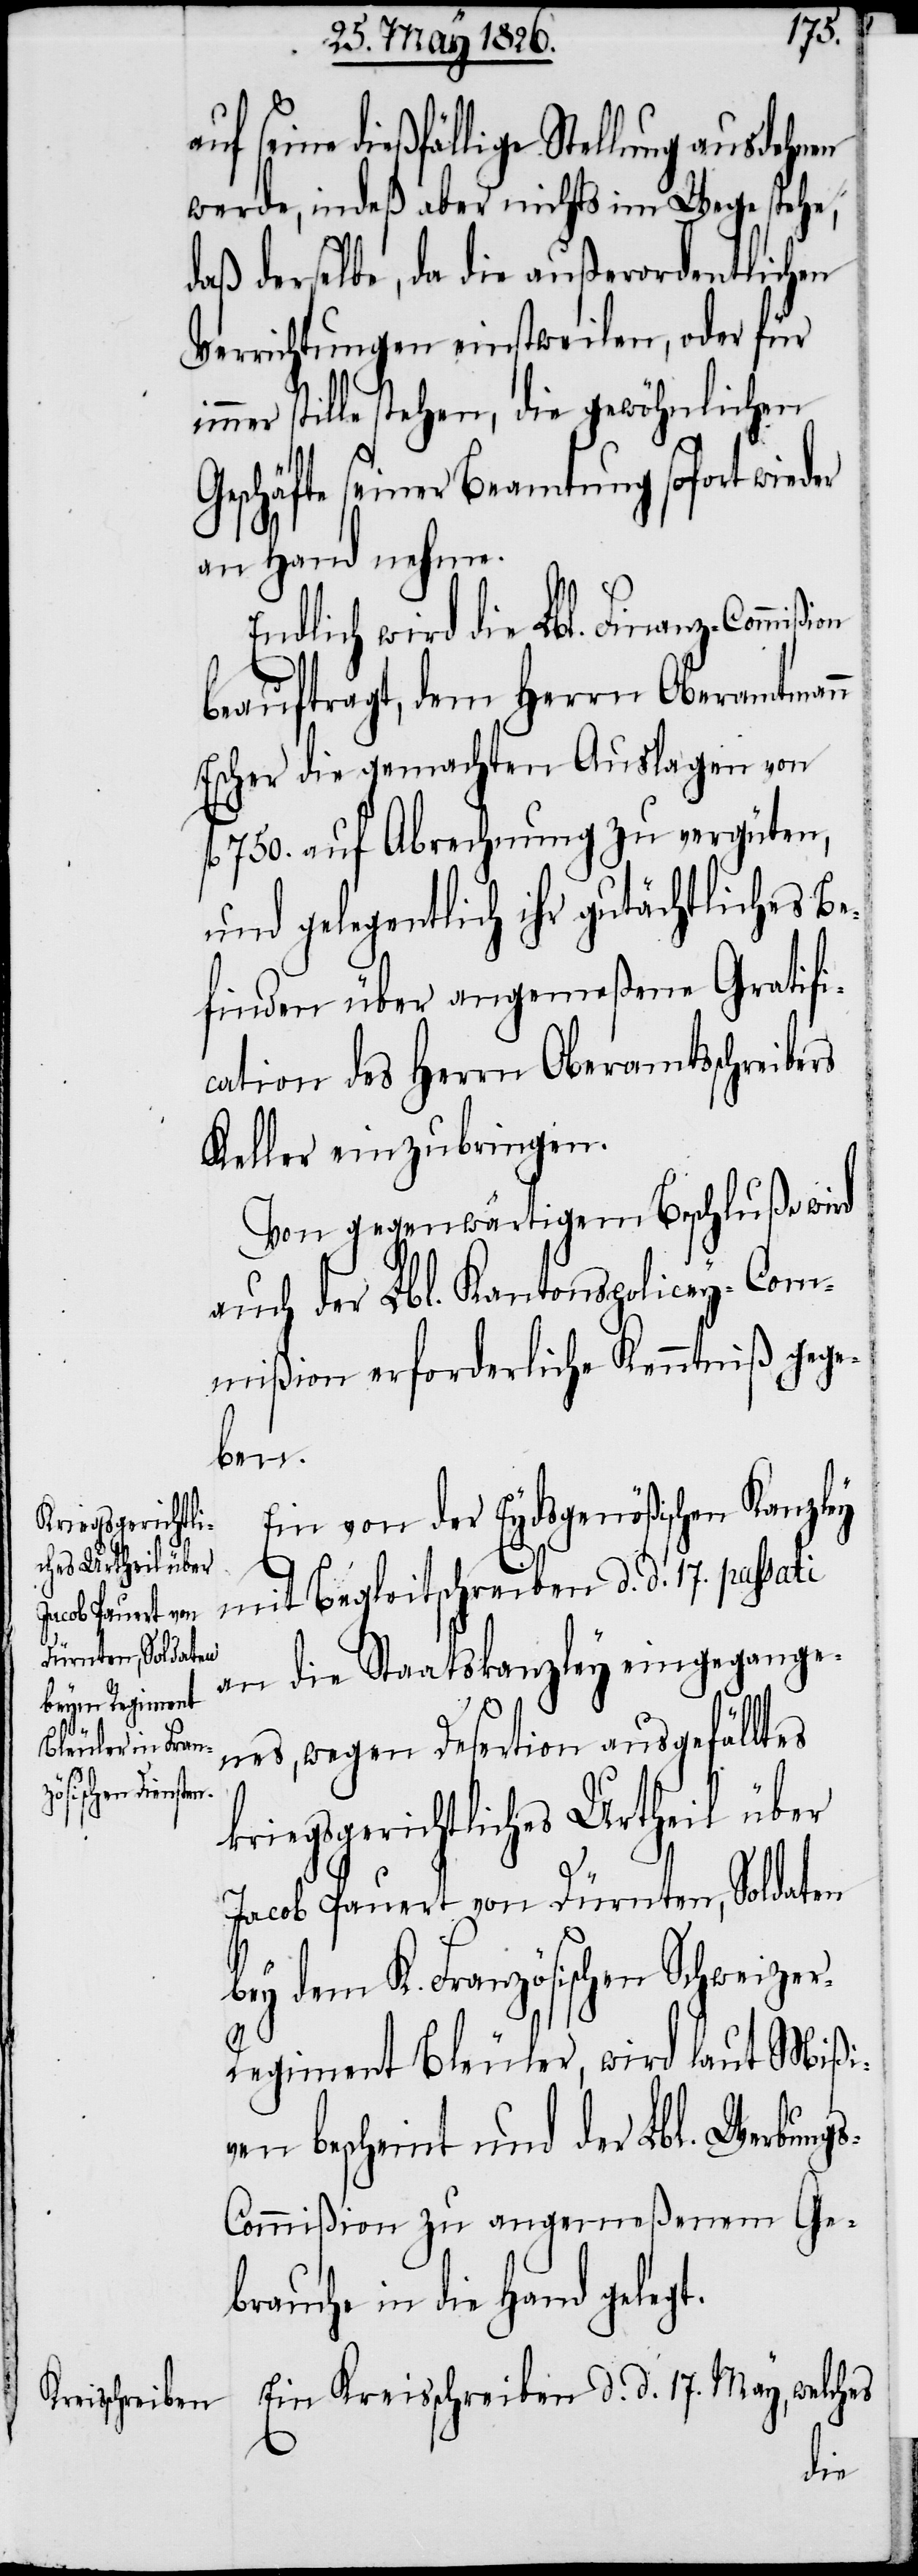
Jacob Pauert von
Dürnten, Soldaten

dießfällige Stellung ausdehnen
werde, indeß aber nichts im Wege stehe,
daß derselbe, da die außerordentlichen
Verrichtungen einstweilen, oder für
mer stille stehen, die gewöhnlichen
Geschäfte seiner Beamtung sofort wieder
an Hand nehme.
Endlich wird die Lbl. Finanz-Commißi¬
beauftragt, dem Herrn Oberamtmann
Escher die gemachten Auslagen von
fl. 750. auf Abrechnung zu vergüten,
und gelegentlich ihr gutächtliches Be¬
finden über angemeßene Gratifi¬
cation des Herrn Oberamtsschreibers
Keller einzubringen.
Von gegenwärtigem Beschluße wird
auch der Lbl. Kantonspolicey-Com¬
mißion erforderliche Kenntniß gege¬
ben.
Ein von der Eydsgenößischen Kanzley
mit Begleitschreiben d. d. 17. passati
an die Staatskanzley eingegange¬
nes, wegen Desertion ausgefälltes
kriegsgerichtliches Urtheil über
bey dem K. Französischen Schweize¬
r-Regiment Bleuler, wird laut Mißi¬
ven bescheint und der Lbl. Werbung¬
s-Commißion zu angemeßenem Ge¬
brauche in die Hand gelegt.
Ein Kreisschreiben d. d. 17. May, welches

on